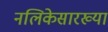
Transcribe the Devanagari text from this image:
नलिकेसारख्या